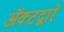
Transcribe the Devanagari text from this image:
अॅक्टद्वारे